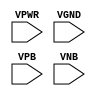
module sky130_fd_sc_ls__tapvgnd (
    VPWR,
    VGND,
    VPB ,
    VNB
);

    // Module ports
    input VPWR;
    input VGND;
    input VPB ;
    input VNB ;
     // No contents.
endmodule